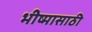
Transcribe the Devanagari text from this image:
भीष्मासाठी